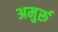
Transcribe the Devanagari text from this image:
अमुर्रू